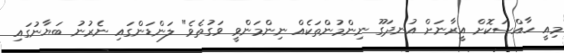
މިއީ ހާއްސަކޮށް އީރާނަށް އުނދަގޫ ނިންމުންތަކެއް ނިންމަންވީ ވަގުތެވެ" ލަންޑަންގައި ނެރުނު ބަޔާނުގައި